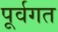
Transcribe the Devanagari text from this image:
पूर्वगत